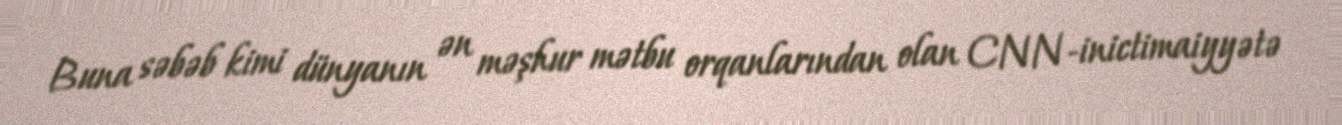
Buna səbəb kimi dünyanın ən məşhur mətbu orqanlarından olan CNN-inictimaiyyətə